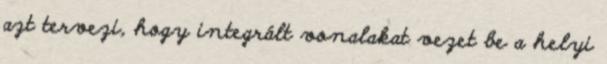
azt tervezi, hogy integrált vonalakat vezet be a helyi